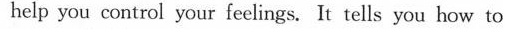
help you control your feelings. It tells you how to